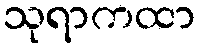
သုရာကထာ